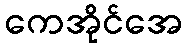
ကေအိုင်အေ